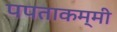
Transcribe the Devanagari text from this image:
पपताकम्मी